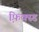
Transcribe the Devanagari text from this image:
फ़ि़क्स्ड